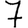
Digit: 7